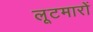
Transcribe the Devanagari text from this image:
लूटमारों